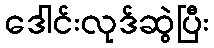
ဒေါင်းလုဒ်ဆွဲပြီး